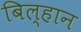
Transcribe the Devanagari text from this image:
बिल्हान